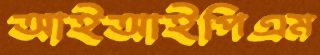
আইআইপিএম